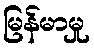
မြန်မာမှု